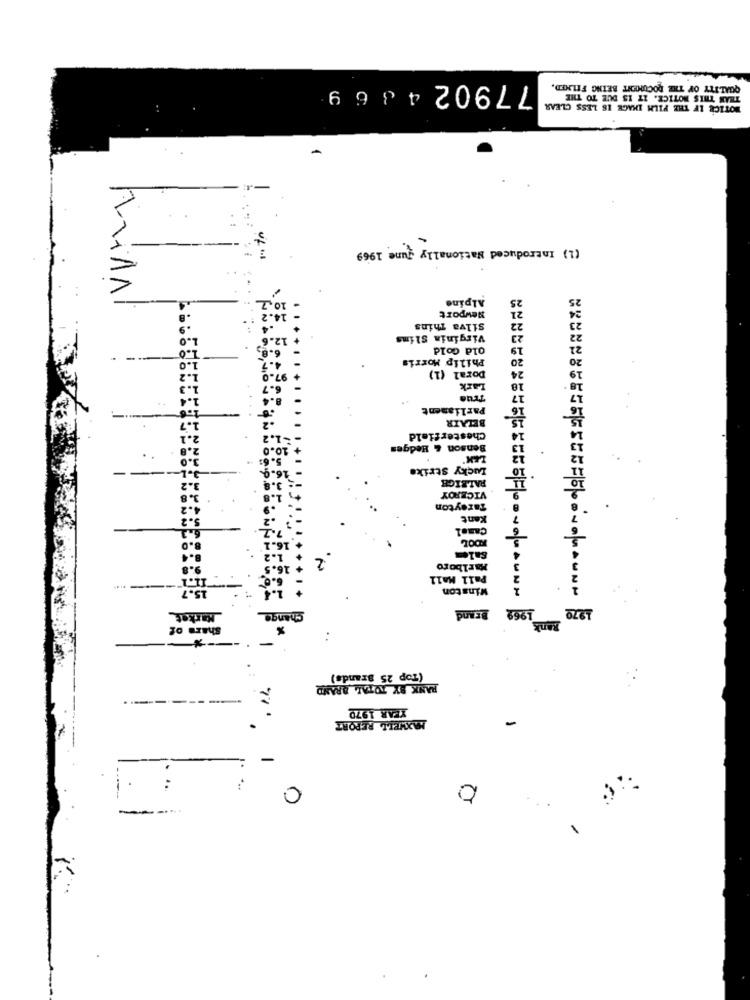
779024 3 6 9
QUALITY OF THE DOCUMENT BEING FILMED,
THAN THIS NOTICE. IT IS DUE TO THE
NOTICE IF THE FILM IMAGE IS LESS CLEAR
(1) Introduced Nationally June 1969
Alpine
25
Newport
21
Silva Thins
22
Virginia Slims
23
Old Gold
19
Philip Morris
20
24
Doral (1)
LArk
18
True
17
Parliament
16
15
BELAIR
Chesterfield
10.0
Benson & Hedges
Lucky Strike
RALEIGH
VICEROY
Tareyton
Kant
Camel
KOOL
2
Salem
Marlboro
Pall Mall
Winston
1969
1970
Market_
Change
Brand
Bank
Share of
-*
:
(Top 25 Brands)
RANK BY TOTAL BRAND
YEAR 1970
MAXWELL REPORT
0